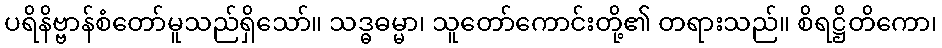
ပရိနိဗ္ဗာန်စံတော်မူသည်ရှိသော်။ သဒ္ဓဓမ္မာ၊ သူတော်ကောင်းတို့၏ တရားသည်။ စိရဋ္ဌိတိကော၊